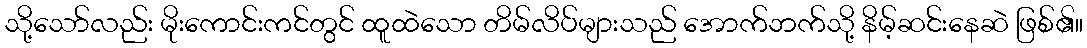
သို့သော်လည်း မိုးကောင်းကင်တွင် ထူထဲသော တိမ်လိပ်များသည် အောက်ဘက်သို့ နိမ့်ဆင်းနေဆဲ ဖြစ်၏။